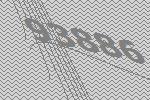
93886